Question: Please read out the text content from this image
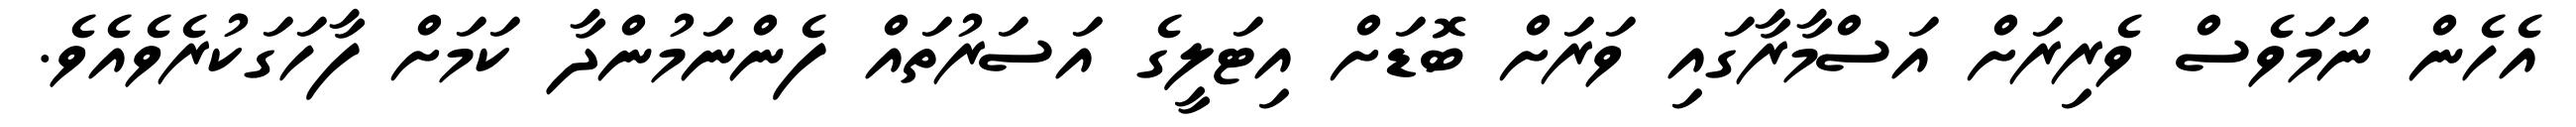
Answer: އެހެން ނަމަވެސް ވެރިރަށް އަސްމާރާގައި ވަރަށް ބޮޑަށް އިޓަލީގެ އަސަރުތައް ފެންނަމުންދާ ކަމަށް ފާހަގަކުރެވެއެވެ.